Sanitation, dispensaries and jails vaccination Rajputana 1922-1927 - 1922-1927
Year: 1922
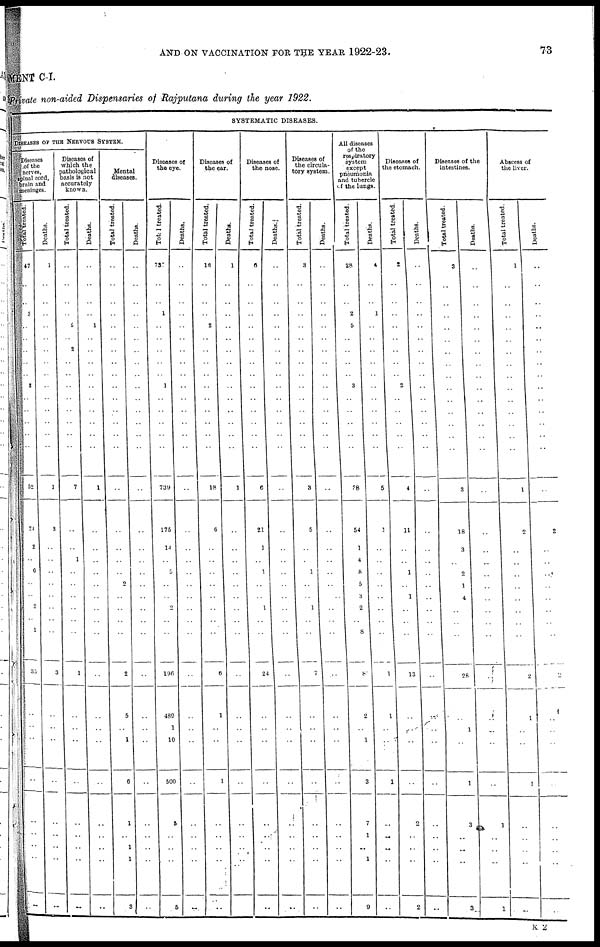
AND ON VACCINATION FOR THE YEAR 1922-23.
73
MENT C-I.
Private non-aided Dispensaries of Rajputana during the year 1922.
SYSTEMATIC DISEASES.
DISEASES OF THE NERVOUS SYSTEM.
Diseases
of the
nerves,
spinal cord,
brain and
meninges.
Total treated.
47
..
..
3
..
..
..
..
..
2
..
..
..
..
..
52
24
2
..
6
..
..
2
..
1
35
..
..
..
..
..
..
..
..
..
Deaths.
1
..
..
..
..
..
..
..
..
..
..
..
..
..
..
1
3
..
..
..
..
..
..
..
..
3
..
..
..
..
..
..
..
..
..
Diseases of
which the
pathological
basis is not
accurately
known.
Total treated.
..
..
..
..
5
..
2
..
..
..
..
..
..
..
..
7
..
..
1
..
..
..
..
..
..
1
..
..
..
..
..
..
..
..
..
Deaths.
..
..
..
..
1
..
..
..
..
..
..
..
..
..
..
1
..
..
..
..
..
..
..
..
..
..
..
..
..
..
..
..
..
..
..
Mental
diseases.
Total treated.
..
..
..
..
..
..
..
..
..
..
..
..
..
..
..
..
..
..
..
..
2
..
..
..
..
2
5
..
1
6
1
..
1
1
3
Deaths.
..
..
..
..
..
..
..
..
..
..
..
..
..
..
..
..
..
..
..
..
..
..
..
..
..
..
..
..
..
..
..
..
..
..
..
Diseases of
the eye.
Total treated.
73
..
..
1
..
..
..
..
..
1
..
..
..
..
..
739
175
14
..
5
..
..
2
..
..
196
489
1
10
500
5
..
..
..
5
Deaths.
..
..
..
..
..
..
..
..
..
..
..
..
..
..
..
..
..
..
..
..
..
..
..
..
..
..
..
..
..
..
..
..
..
..
..
Diseases of
the ear.
Total treated.
16
..
..
..
2
..
..
..
..
..
..
..
..
..
..
18
6
..
..
..
..
..
..
..
..
6
1
..
..
1
..
..
..
..
..
Deaths.
1
..
..
..
..
..
..
..
..
..
..
..
..
..
..
1
..
..
..
..
..
..
..
..
..
..
..
..
..
..
..
..
..
..
..
Diseases of
the nose.
Total treated.
6
..
..
..
..
..
..
..
..
..
..
..
..
..
..
6
21
1
..
1
..
..
1
..
..
24
..
..
..
..
..
..
..
..
...
Deaths.
..
..
..
..
..
..
..
..
..
..
..
..
..
..
..
..
..
..
..
..
..
..
..
..
..
..
..
..
..
..
..
..
..
..
..
Diseases of
the circula-
tory system.
Total treated.
3
..
..
..
..
..
..
..
..
..
..
..
..
..
..
3
5
..
..
1
..
..
1
..
..
7
..
..
..
..
..
..
..
..
..
Deaths.
..
..
..
..
..
..
..
..
..
..
..
..
..
..
..
..
..
..
..
..
..
..
..
..
..
..
..
..
..
..
..
..
..
..
..
All diseases
of the
respiratory
system
except
pneumonia
and tubercle
of the lungs.
Total treated.
28
..
..
2
5
..
..
..
..
3
..
..
..
..
..
28
54
1
4
8
5
3
2
..
8
8
2
..
1
3
7
1
..
1
9
Deaths.
4
..
..
1
..
..
..
..
..
..
..
..
..
..
..
5
1
..
..
..
..
..
..
..
..
1
1
..
..
1
..
..
..
..
..
Diseases of
the stomach.
Total treated.
2
..
..
..
..
..
..
..
..
2
..
..
..
..
..
4
11
..
..
1
..
1
..
..
..
13
..
..
..
..
2
..
..
..
2
Deaths.
..
..
..
..
..
..
..
..
..
..
..
..
..
..
..
..
..
..
..
..
..
..
..
..
..
..
..
..
..
..
..
..
..
..
..
Diseases of the
intestines.
Total treated.
3
..
..
..
..
..
..
..
..
..
..
..
..
..
..
3
18
3
..
2
1
4
..
..
..
28
..
1
..
1
3
..
..
..
3
Deaths.
..
..
..
..
..
..
..
..
..
..
..
..
..
..
..
..
..
..
..
..
..
..
..
..
..
..
..
..
..
..
1
..
..
..
1
Abscess of
the liver.
Total treated.
1
..
..
..
..
..
..
..
..
..
..
..
..
..
..
1
2
..
..
..
..
..
..
..
..
2
1
..
..
1
..
..
..
..
..
Deaths.
..
..
..
..
..
..
..
..
..
..
..
..
..
..
..
..
2
..
..
..
..
..
..
..
..
2
1
..
..
..
..
..
..
..
..
K2